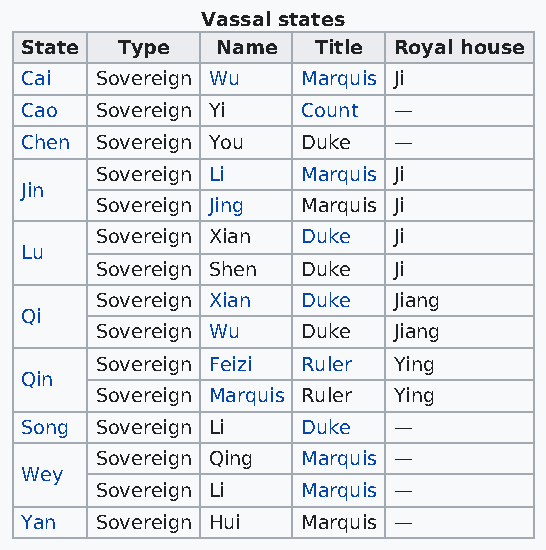
Vassal states
 State  Type  Name   Title Royal house
 Cai  Sovereign Wu  Marquis Ji
 Cao  Sovereign Yi  Count —
 Chen Sovereign You Duke  —
 Sovereign Li  Marquis Ji
 Jin
 Sovereign Jing Marquis Ji
 Sovereign Xian Duke Ji
 Lu
 Sovereign Shen Duke Ji
 Sovereign Xian Duke Jiang
 Qi
 Sovereign Wu  Duke  Jiang
 Sovereign Feizi Ruler Ying
 Qin
 Sovereign Marquis Ruler Ying
 Song Sovereign Li  Duke  —
 Sovereign Qing Marquis —
 Wey
 Sovereign Li  Marquis —
 Yan  Sovereign Hui Marquis —